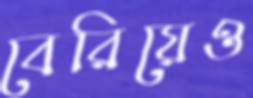
বেরিয়েও